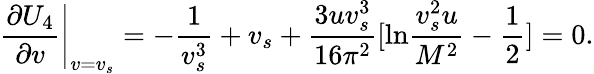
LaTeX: \left.\frac{\partial U_{4}}{\partial v}\right|_{v=v_{s}}=-\frac{1}{v_{s}^{3}}+v_{s}+\frac{3uv_{s}^{3}}{16\pi^{2}}[\mathrm{ln}\frac{v_{s}^{2}u}{M^{2}}-\frac{1}{2}]=0.